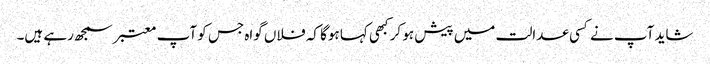
شاید آپ نے کسی عدالت میں پیش ہو کر کبھی کہا ہوگا کہ فلاں گواہ جس کو آپ معتبر سمجھ رہے ہیں۔